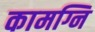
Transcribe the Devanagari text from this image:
कामग्नि